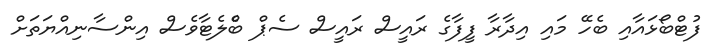
ފުޓްބޯޅައާއި ބެހޭ މައި އިދާރާ ފީފާގެ ރައީސް ރައީސް ސެޕް ބްެލެޓާވެސް އިންސާނިއްޔަތަށް